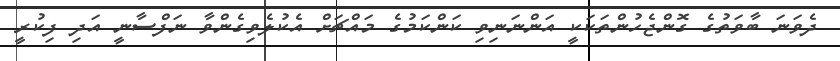
ދެވަނަ ބާވަތުގެ ގޮންޖެހުންތަކަކީ އަންނަނިވި ކަންކަމުގެ މައްޗަށް އެކުލެވިގެންވާ ނަފްސާނީ އަދި ފިކުރީ